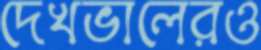
দেখভালেরও